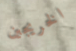
الخريجين